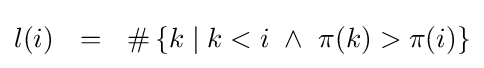
l(i)~~=~~\#\left\{k\mid k<i~\land ~\pi (k)>\pi (i)\right\}